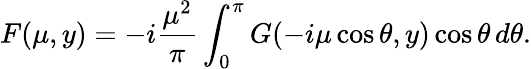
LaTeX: F(\mu,y)=-i\frac{{\mu}^{2}}{\pi}\int_{0}^{\pi}G(-i\mu\cos\theta,y)\cos\theta\, d\theta.